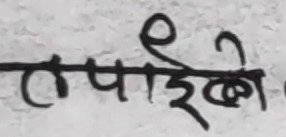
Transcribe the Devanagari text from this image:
तपाईंले